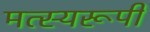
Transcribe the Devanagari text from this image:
मत्स्यरूपी